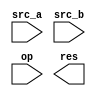
module alu(
    input [31:0]src_a,
    input [31:0]src_b,
    input [2:0]op,

    output reg [31:0]res
);

always @(*) begin
/*
* Problem 1:
* Write operations execution logic here.
*/
end

endmodule